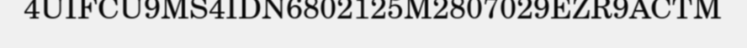
4UIFCU9MS4IDN6802125M2807029EZR9ACTM